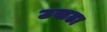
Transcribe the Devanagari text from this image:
उखढा